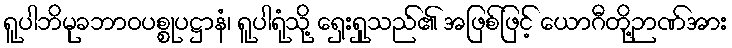
ရူပါဘိမုခဘာဝပစ္စုပဋ္ဌာနံ၊ ရူပါရုံသို့ ရှေးရှုသည်၏ အဖြစ်ဖြင့် ယောဂီတို့ဉာဏ်အား